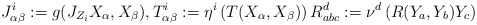
\begin{align*}J_{\alpha\beta}^{i}:=g(J_{Z_i}X_\alpha,X_\beta),T_{\alpha\beta}^{i}:=\eta^i\left(T(X_\alpha,X_\beta)\right)R_{abc}^d:=\nu^d \left(R(Y_a,Y_b)Y_c\right)\end{align*}